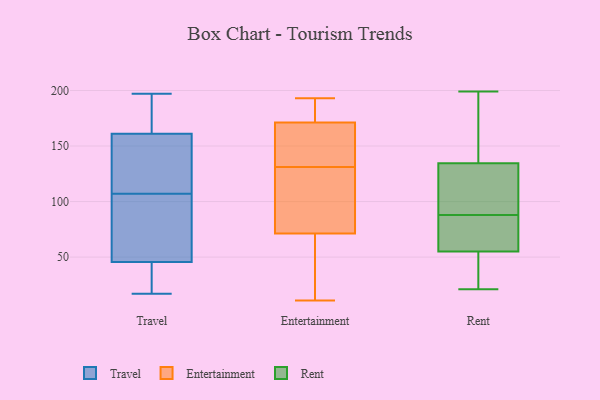
{"axis": {"x": "Operating Costs (USD K)", "y": "Value"}, "legend": ["Entertainment", "Rent", "Travel"], "data": [{"x": "", "y": 183, "type": "Travel"}, {"x": "", "y": 33, "type": "Travel"}, {"x": "", "y": 139, "type": "Travel"}, {"x": "", "y": 39, "type": "Travel"}, {"x": "", "y": 95, "type": "Travel"}, {"x": "", "y": 197, "type": "Travel"}, {"x": "", "y": 155, "type": "Travel"}, {"x": "", "y": 167, "type": "Travel"}, {"x": "", "y": 59, "type": "Travel"}, {"x": "", "y": 180, "type": "Travel"}, {"x": "", "y": 31, "type": "Travel"}, {"x": "", "y": 52, "type": "Travel"}, {"x": "", "y": 119, "type": "Travel"}, {"x": "", "y": 146, "type": "Travel"}, {"x": "", "y": 56, "type": "Travel"}, {"x": "", "y": 17, "type": "Travel"}, {"x": "", "y": 123, "type": "Entertainment"}, {"x": "", "y": 134, "type": "Entertainment"}, {"x": "", "y": 131, "type": "Entertainment"}, {"x": "", "y": 126, "type": "Entertainment"}, {"x": "", "y": 11, "type": "Entertainment"}, {"x": "", "y": 163, "type": "Entertainment"}, {"x": "", "y": 34, "type": "Entertainment"}, {"x": "", "y": 62, "type": "Entertainment"}, {"x": "", "y": 38, "type": "Entertainment"}, {"x": "", "y": 150, "type": "Entertainment"}, {"x": "", "y": 182, "type": "Entertainment"}, {"x": "", "y": 193, "type": "Entertainment"}, {"x": "", "y": 189, "type": "Entertainment"}, {"x": "", "y": 174, "type": "Entertainment"}, {"x": "", "y": 99, "type": "Entertainment"}, {"x": "", "y": 144, "type": "Rent"}, {"x": "", "y": 92, "type": "Rent"}, {"x": "", "y": 21, "type": "Rent"}, {"x": "", "y": 54, "type": "Rent"}, {"x": "", "y": 88, "type": "Rent"}, {"x": "", "y": 106, "type": "Rent"}, {"x": "", "y": 199, "type": "Rent"}, {"x": "", "y": 171, "type": "Rent"}, {"x": "", "y": 22, "type": "Rent"}, {"x": "", "y": 76, "type": "Rent"}, {"x": "", "y": 58, "type": "Rent"}]}